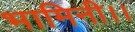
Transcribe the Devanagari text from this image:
भामिनी।।